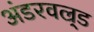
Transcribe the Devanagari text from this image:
अंडरवल्र्ड